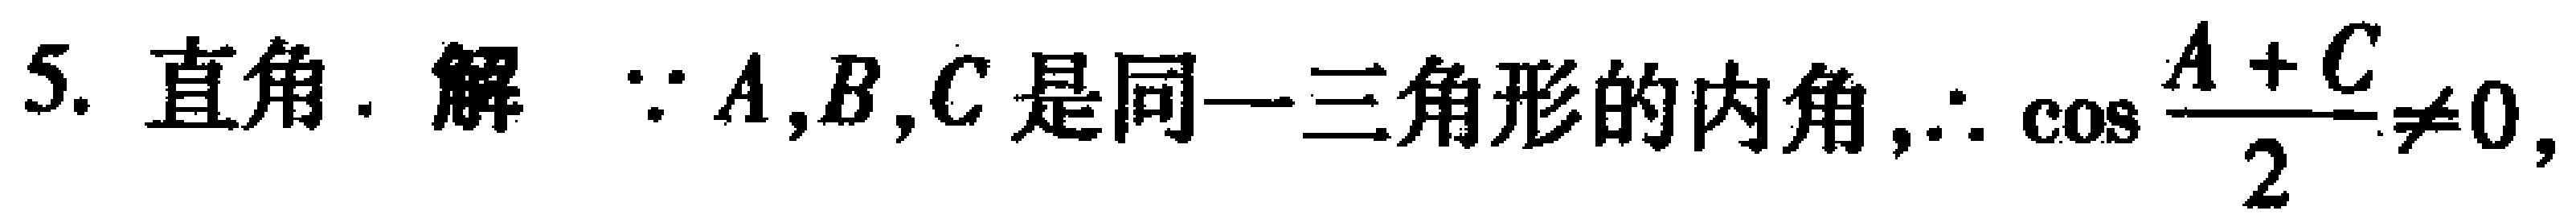
5. 直角. 解 $\because A,B,C$ 是同一三角形的内角,$\therefore \cos \frac{A + C}{2}\neq0$,